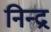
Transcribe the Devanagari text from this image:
निन्द्र